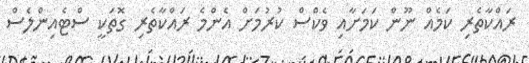
ރައްކާތެރި ކަމެއް ނޫން ކަމަށާއި ވެކްސް ކުރުމަށް އެންމެ ރައްކާތެރި ގޮތަކީ ސްޓެއިންލެސް